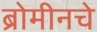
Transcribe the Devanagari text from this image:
ब्रोमीनचे